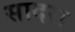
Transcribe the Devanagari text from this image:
सादरा